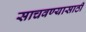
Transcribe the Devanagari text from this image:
साचवण्यासाठी